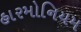
હારમોનિયમ